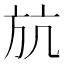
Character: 𣃚